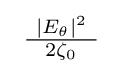
{\textstyle \ {\frac {\ |E_{\theta }|^{2}\ }{2\zeta _{0}}}\ }